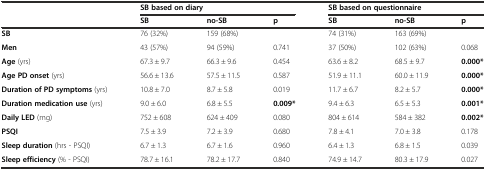
|  | <COLSPAN=3> SB based on diary | <COLSPAN=3> SB based on questionnaire |
 |  | SB | no-SB | p | SB | no-SB | p |
 | --- | --- | --- | --- | --- | --- | --- |
 | SB | 76 (32%) | 159 (68%) |  | 74 (31%) | 163 (69%) |  |
 | Men | 43 (57%) | 94 (59%) | 0.741 | 37 (50%) | 102 (63%) | 0.068 |
 | Age (yrs) | 67.3 ± 9.7 | 66.3 ± 9.6 | 0.454 | 63.6 ± 8.2 | 68.5 ± 9.7 | 0.000* |
 | Age PD onset (yrs) | 56.6 ± 13.6 | 57.5 ± 11.5 | 0.587 | 51.9 ± 11.1 | 60.0 ± 11.9 | 0.000* |
 | Duration of PD symptoms (yrs) | 10.8 ± 7.0 | 8.7 ± 5.8 | 0.019 | 11.7 ± 6.7 | 8.2 ± 5.7 | 0.000* |
 | Duration medication use (yrs) | 9.0 ± 6.0 | 6.8 ± 5.5 | 0.009* | 9.4 ± 6.3 | 6.5 ± 5.3 | 0.001* |
 | Daily LED (mg) | 752 ± 608 | 624 ± 409 | 0.080 | 804 ± 614 | 584 ± 382 | 0.002* |
 | PSQI | 7.5 ± 3.9 | 7.2 ± 3.9 | 0.680 | 7.8 ± 4.1 | 7.0 ± 3.8 | 0.178 |
 | Sleep duration (hrs - PSQI) | 6.7 ± 1.3 | 6.7 ± 1.6 | 0.960 | 6.4 ± 1.3 | 6.8 ± 1.5 | 0.039 |
 | Sleep efficiency (% - PSQI) | 78.7 ± 16.1 | 78.2 ± 17.7 | 0.840 | 74.9 ± 14.7 | 80.3 ± 17.9 | 0.027 |